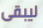
ليبقى